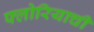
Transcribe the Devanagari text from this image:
फ्लोरियाची